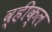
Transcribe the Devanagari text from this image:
व्हीक्ल